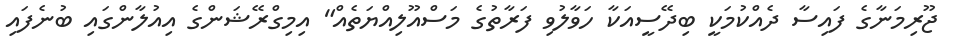
ޖޫރިމަނާގެ ފައިސާ ދެއްކުމަކީ ބިދޭސީއަކާ ހަވާލުވި ފަރާތުގެ މަސްއޫލިއްޔަތެއް" އިމިގްރޭޝަންގެ އިއުލާންގައި ބުނެފައި